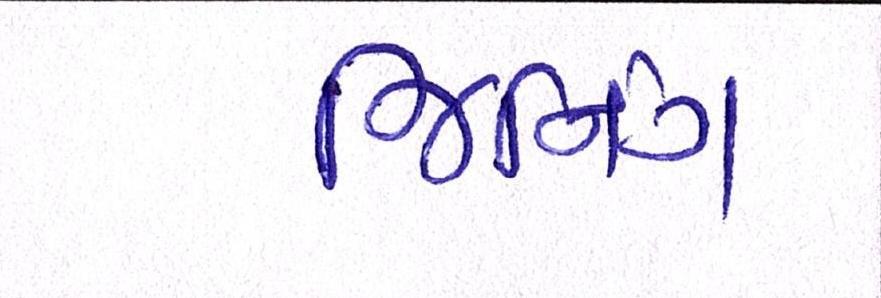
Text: જિનિંગ